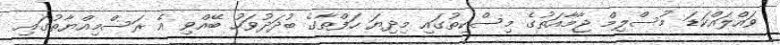
ވައްލައްކަޑަ މުސްލިމް ޖާމާއަތުގެ މިސްކިތުގައި މިދިޔަ ހަފްތާގެ ބުދަދުވަހު ބޭއްވި އެ ރަސްމިއްޔާތުގައި